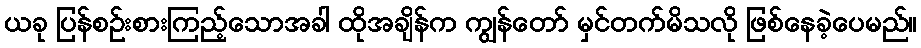
ယခု ပြန်စဉ်းစားကြည့်သောအခါ ထိုအချိန်က ကျွန်တော် မှင်တက်မိသလို ဖြစ်နေခဲ့ပေမည်။